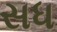
સધ